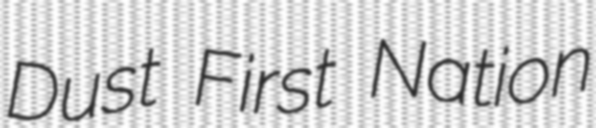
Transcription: Dust First Nation